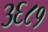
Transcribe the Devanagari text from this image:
३६८१